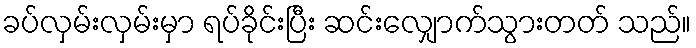
ခပ်လှမ်းလှမ်းမှာ ရပ်ခိုင်းပြီး ဆင်းလျှောက်သွားတတ် သည်။